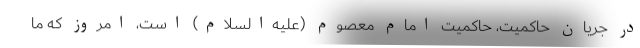
در جریان حاکمیت، حاکمیت امام معصوم (علیه‌السلام) است، امروز که ما